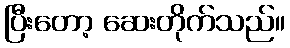
ပြီးတော့ ဆေးတိုက်သည်။